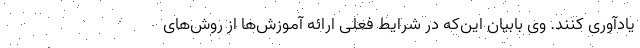
یادآوری کنند. وی بابیان این‌که در شرایط فعلی ارائه آموزش‌ها از روش‌های